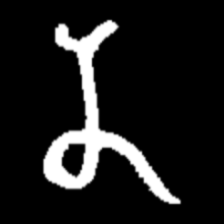
Pyu character \u2014 Myanmar letter: န (romanized: na)